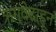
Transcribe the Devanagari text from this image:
ऋग्वेदाहून